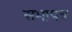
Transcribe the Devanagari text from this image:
सभापत्र